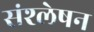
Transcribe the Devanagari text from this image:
संश्लेषन